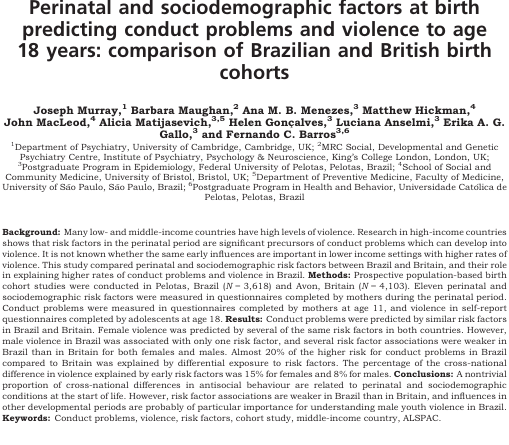
<table><thead><tr><td></td><td colspan="2"><b>Pelotas females violence</b></td><td colspan="2"><b>ALSPAC females violence</b></td><td colspan="2"><b>Pelotas males violence</b></td><td colspan="2"><b>ALSPAC males violence</b></td></tr><tr><td></td><td><b>%</b></td><td><b>RR (95% CI)</b></td><td><b>%</b></td><td><b>RR (95% CI)</b></td><td><b>%</b></td><td><b>RR (95% CI)</b></td><td><b>%</b></td><td><b>RR (95% CI)</b></td></tr></thead><tbody><tr><td colspan="9">Unplanned pregnancy</td></tr><tr><td> Yes</td><td>10.6</td><td>1.5 (1.1–2.1)</td><td>4.5</td><td>2.0 (1.2–3.4)</td><td>24.1</td><td>1.2 (1.0–1.4)</td><td>12.6</td><td>1.2 (0.9–1.7)</td></tr><tr><td> No</td><td>6.9</td><td><i>p = </i>.006</td><td>2.3</td><td><i>p = </i>.008</td><td>20.8</td><td><i>p = </i>.100</td><td>10.3</td><td><i>p = </i>.197</td></tr><tr><td colspan="9">Ever smoked in pregnancy</td></tr><tr><td> Yes</td><td>12.1</td><td>1.7 (1.2–2.2)</td><td>4.2</td><td>1.8 (1.0–3.4)</td><td>24.0</td><td>1.1 (0.9–1.3)</td><td>15.4</td><td>1.6 (1.2–2.3)</td></tr><tr><td> No</td><td>7.3</td><td><i>p &lt; </i>.001</td><td>2.3</td><td><i>p = </i>.057</td><td>22.0</td><td><i>p = </i>.359</td><td>9.4</td><td><i>p = </i>.005</td></tr><tr><td colspan="9">Alcohol use in pregnancy</td></tr><tr><td> Yes</td><td>7.0</td><td>0.8 (1.4–1.6)</td><td>5.0</td><td>1.9 (0.9–4.0)</td><td>33.8</td><td>1.5 (1.1–2.1)</td><td>12.6</td><td>1.2 (0.9–1.7)</td></tr><tr><td> No</td><td>9.0</td><td><i>p </i>=<i> </i>.486</td><td>2.6</td><td><i>p </i>=<i> </i>.074</td><td>22.1</td><td><i>p </i>=<i> </i>.015</td><td>10.3</td><td><i>p </i>=<i> </i>.197</td></tr><tr><td colspan="9">Urinary infection in pregnancy</td></tr><tr><td> Yes</td><td>9.4</td><td>1.1 (0.8–1.5)</td><td>2.7</td><td>1.1 (0.5–2.5)</td><td>23.5</td><td>1.1 (0.9–1.3)</td><td>13.2</td><td>1.4 (0.9–2.1)</td></tr><tr><td> No</td><td>8.5</td><td><i>p = </i>.554</td><td>2.5</td><td><i>p = </i>.879</td><td>22.2</td><td><i>p = </i>.538</td><td>9.7</td><td><i>p = </i>.161</td></tr><tr><td colspan="9">Intrauterine growth restriction</td></tr><tr><td> Yes</td><td>11.1</td><td>1.3 (0.8–2.0)</td><td>3.1</td><td>1.1 (0.4–2.7)</td><td>20.5</td><td>0.9 (0.7–1.2)</td><td>11.5</td><td>1.0 (0.6–1.7)</td></tr><tr><td> No</td><td>8.8</td><td><i>p = </i>.326</td><td>2.8</td><td><i>p = </i>.837</td><td>23.0</td><td><i>p = </i>.463</td><td>11.1</td><td><i>p = </i>.888</td></tr><tr><td colspan="9">Preterm birth (&lt;37 weeks)</td></tr><tr><td> Yes</td><td>8.7</td><td>1.0 (0.6–1.5)</td><td><i>4.4</i></td><td>1.6 (0.6–4.3)</td><td>21.4</td><td>1.0 (0.7–1.3)</td><td><i>9.3</i></td><td>0.8 (0.4–1.6)</td></tr><tr><td> No</td><td>9.0</td><td><i>p = </i>.895</td><td>2.8</td><td><i>p = </i>.357</td><td>22.9</td><td><i>p = </i>.657</td><td>11.2</td><td><i>p = </i>.559</td></tr><tr><td><b>Number of perinatal risk factors</b></td><td></td><td><b>1.2 (1.1–1.4)</b><b><i>p </i>=<i> </i>.001</b></td><td></td><td><b>1.4 (1.0–1.9)</b><b><i>p </i>=<i> </i>.034</b></td><td></td><td><b>1.1 (1.0–1.2)</b><b><i>p = </i>.051</b></td><td></td><td><b>1.2 (1.0–1.4)</b><b><i>p </i>=<i> </i>.028</b></td></tr><tr><td colspan="9">Maternal age</td></tr><tr><td> &lt;20</td><td>10.2</td><td>1.2 (0.8–1.7)</td><td>0.0</td><td>N/A</td><td>25.2</td><td>1.1 (0.9–1.4)</td><td>8.0</td><td>0.7 (0.2–2.7)</td></tr><tr><td> ≥20</td><td>8.7</td><td><i>p = </i>.391</td><td>2.9</td><td><i>p = </i>.302</td><td>22.1</td><td><i>p = </i>.223</td><td>11.1</td><td><i>p = </i>.620</td></tr><tr><td colspan="9">Maternal education</td></tr><tr><td> Low</td><td>11.2</td><td>1.4 (1.0–1.9)</td><td>5.8</td><td>2.4 (1.3–4.3)</td><td>23.6</td><td>1.1 (0.9–1.3)</td><td>10.5</td><td>1.0 (0.6–1.5)</td></tr><tr><td> Medium-high</td><td>8.1</td><td><i>p = </i>.033</td><td>2.4</td><td><i>p = </i>.003</td><td>22.3</td><td><i>p = </i>.575</td><td>11.0</td><td><i>p = </i>.832</td></tr><tr><td colspan="9">Marital status</td></tr><tr><td> Single mother</td><td>9.1</td><td>1.0 (0.6–1.6)</td><td>6.1</td><td>2.3 (0.6–8.9)</td><td>21.9</td><td>1.0 (0.7–1.3)</td><td>16.0</td><td>1.5 (0.6–3.7)</td></tr><tr><td> With partner</td><td>8.9</td><td><i>p = </i>.951</td><td>2.7</td><td><i>p = </i>.234</td><td>22.7</td><td><i>p = </i>.783</td><td>10.9</td><td><i>p = </i>.414</td></tr><tr><td colspan="9">Three or more siblings</td></tr><tr><td> Yes</td><td>11.7</td><td>1.4 (0.9–2.0)</td><td>4.8</td><td>1.8 (0.7–4.8)</td><td>22.5</td><td>1.0 (0.8–1.3)</td><td>15.9</td><td>1.5 (0.8–2.7)</td></tr><tr><td> No</td><td>8.5</td><td><i>p = </i>.106</td><td>2.7</td><td><i>p = </i>.255</td><td>22.7</td><td><i>p = </i>.951</td><td>10.7</td><td><i>p = </i>.199</td></tr><tr><td colspan="9">Family income</td></tr><tr><td> Lowest quintile</td><td>11.4</td><td>1.4 (1.0–1.9)</td><td>5.2</td><td>2.1 (1.2–3.7)</td><td>26.3</td><td>1.2 (1.0–1.5)</td><td>13.9</td><td>1.4 (0.9–2.0)</td></tr><tr><td> Second-fifth quintile</td><td>8.3</td><td><i>p = </i>.066</td><td>2.5</td><td><i>p = </i>.013</td><td>21.6</td><td><i>p = </i>.069</td><td>10.3</td><td><i>p = </i>.123</td></tr><tr><td><b>Number of sociodemographic risks</b></td><td></td><td><b>1.2 (1.1–1.4)</b><b><i>p </i>=<i> </i>.007</b></td><td></td><td><b>1.7 (1.2–2.4)</b><b><i>p </i>=<i> </i>.001</b></td><td></td><td><b>1.1 (1.0–1.2)</b><b><i>p = </i>.186</b></td><td></td><td><b>1.3 (1.0–1.6)</b><b><i>p </i>=<i> </i>.017</b></td></tr></tbody></table>